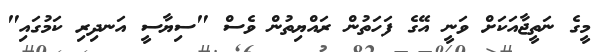
މީގެ ނަތީޖާއަކަށް ވަނީ އޭގެ ފަހަތުން ރައްޔިތުން ވެސް "ސިޔާސީ އަނދިރި ކަމުގައި"